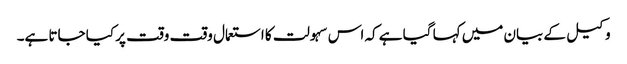
وکیل کے بیان میں کہا گیا ہے کہ اس سہولت کا استعمال وقت وقت پر کیا جاتا ہے۔